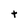
Character: t